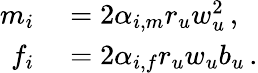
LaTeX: \begin{array}{rl}{m_{i}}&{{}=2\alpha_{i,m}r_{u}w_{u}^{2}\, ,}\\ {f_{i}}&{{}=2\alpha_{i,f}r_{u}w_{u}b_{u}\, .}\end{array}